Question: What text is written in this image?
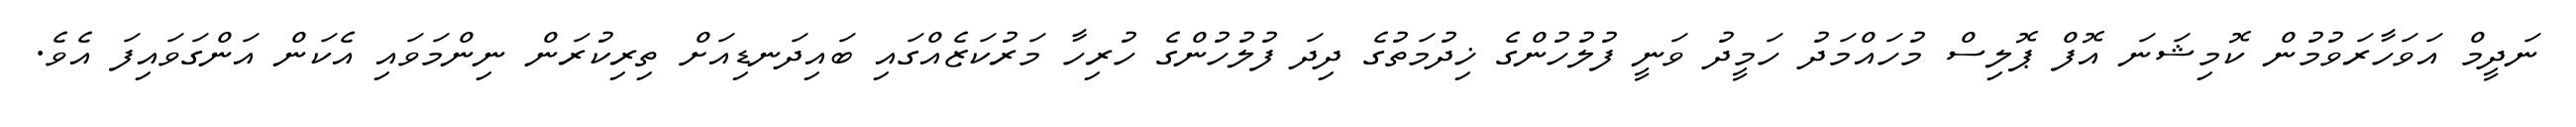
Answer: ނަދީމް އަވަހާރަވުމުން ކޮމިޝަނަ އޮފް ޕޮލިސް މުހައްމަދު ހަމީދު ވަނީ ފުލުހުންގެ ޚިދުމަތުގެ ދިދަ ފުލުހުންގެ ހުރިހާ މަރުކަޒެއްގައި ބައިދަނޑިއަށް ތިރިކުރަން ނިންމަވައި އެކަން އަންގަވައިފަ އެވެ.